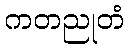
ကတညုတံ